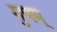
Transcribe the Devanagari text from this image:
गुणम्